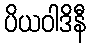
ပိယဝါဒိနီ